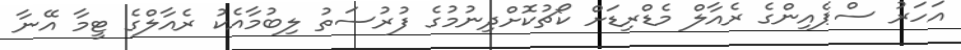
އަހަރު ސްޕެއިންގެ ރެއާލް މެޑްރިޑަށް ކޯޗުކޮށްދިނުމުގެ ފުރުސަތު ލިބުމާއެކު ރެއާލްގެ ޓީމާ އޭނާ